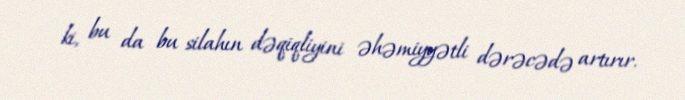
ki, bu da bu silahın dəqiqliyini əhəmiyyətli dərəcədə artırır.